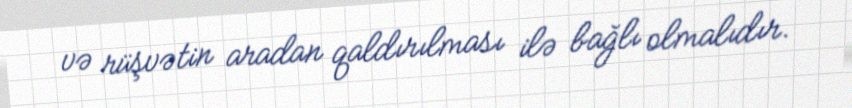
və rüşvətin aradan qaldırılması ilə bağlı olmalıdır.